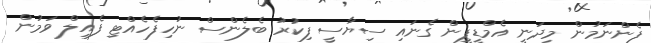
ފެންނަމުން މިދަނީ އެމްޑީޕީން ގެނައި ސިޔާސީ ފިކުރު ބެލެންސް ނުހިފެހެއްޓި ފެއިލް ވަމުން